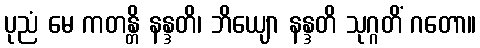
ပုညံ မေ ကတန္တိ နန္ဒတိ၊ ဘိယျော နန္ဒတိ သုဂ္ဂတိံ ဂတော။